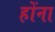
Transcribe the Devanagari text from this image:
होंना